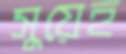
সুয়েহ